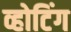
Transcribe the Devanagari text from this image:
व्होटिंग